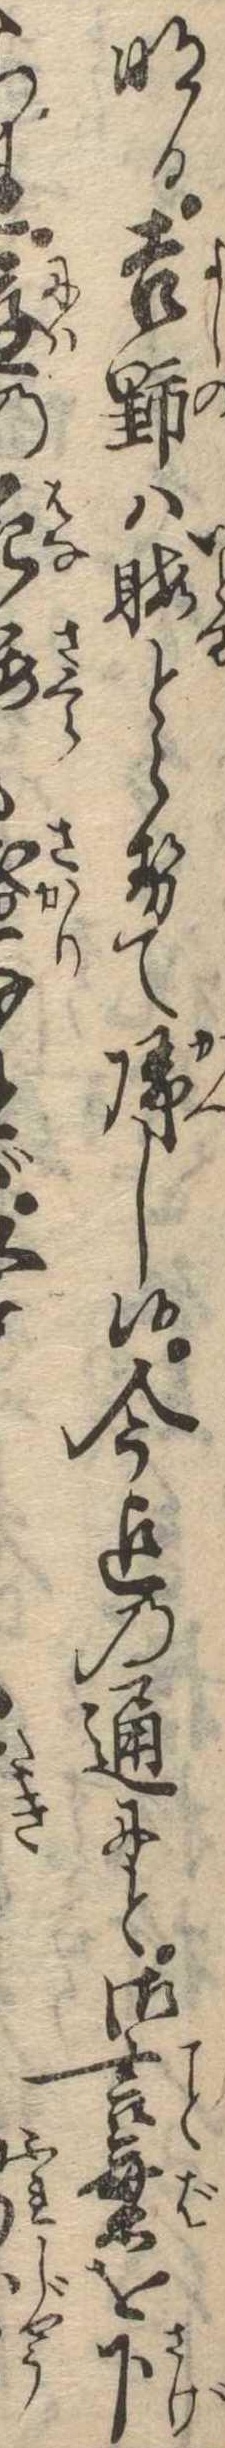
明日吉野は暇とらせて帰し候今迄の通にと御言葉を下られ